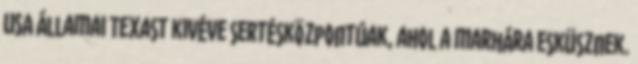
USA államai Texast kivéve sertésközpontúak, ahol a marhára esküsznek.